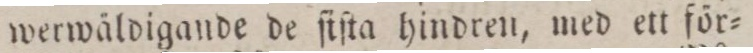
werwäldigande de ſiſta hindren, med ett för=